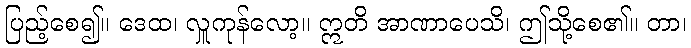
ပြည့်စေ၍။ ဒေထ၊ လှူကုန်လော့။ ဣတိ အာဏာပေသိ၊ ဤသို့စေ၏။ တာ၊